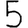
Digit: 5